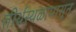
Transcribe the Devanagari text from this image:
तीर्थस्थळापासून